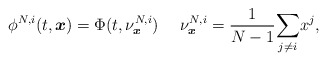
\begin{align*}\phi^{N,i}(t,\boldsymbol{x})=\Phi(t,\nu^{N,i}_{\boldsymbol{x}})~~~~\nu^{N,i}_{\boldsymbol{x}}=\frac{1}{N-1}\underset{j\neq i}{\sum} x^j,\end{align*}